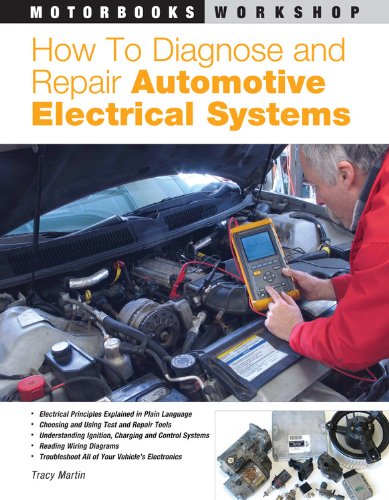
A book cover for How to Diagnose and Repair Automotive Electrical Systems (Motorbooks Workshop); Tracy Martin; Engineering & Transportation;